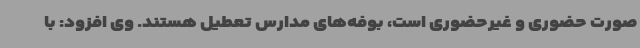
صورت حضوری و غیرحضوری است، بوفه‌های مدارس تعطیل هستند. وی افزود: با